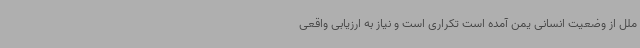
ملل از وضعیت انسانی یمن آمده است تکراری است و نیاز به ارزیابی واقعی